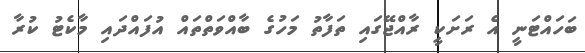
ބަހައްޓަނީ އެ ރަށަކީ ރާއްޖޭގައި ތަފާތު މަހުގެ ބާއްވަތްތައް އުފައްދައި މާކެޓު ކުރާ